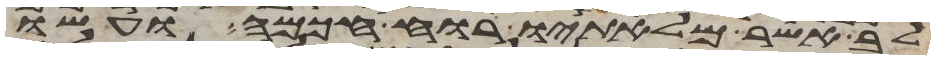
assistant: לב אשר מלאתיו רוח חכמה ועשו